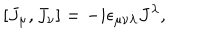
[ J _ { \mu } , J _ { \nu } ] = - i \epsilon _ { \mu \nu \lambda } J ^ { \lambda } ,